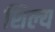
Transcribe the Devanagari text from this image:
शिल्य